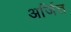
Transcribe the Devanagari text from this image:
अर्जित्त